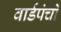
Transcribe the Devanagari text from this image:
वार्डपंचों